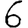
Digit: 6